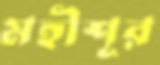
মহীশূর